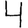
Digit: 4